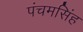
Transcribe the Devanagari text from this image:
पंचमसिंह